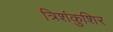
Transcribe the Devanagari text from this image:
त्रिशंकुशिर